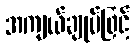
အကျယ်ချုပ်ဖြင့်